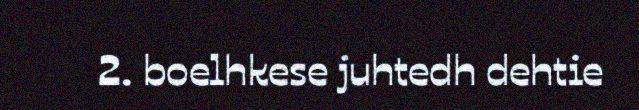
2. boelhkese juhtedh dehtie